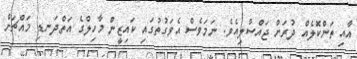
އާއި ތަންކޮލެއް ދުރަށް ޖައްސާލިއެވެ. ނަމަވެސް އެވަގުތުގައި ކައިޒީން މާހިލްގެ އަތްދަނޑި މައްޗަށް